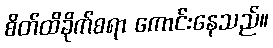
စိတ်ထိခိုက်စရာ ကောင်းနေသည်။